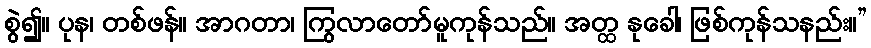
စွဲ၍။ ပုန၊ တစ်ဖန်။ အာဂတာ၊ ကြွလာတော်မူကုန်သည်။ အတ္ထ နုခေါ၊ ဖြစ်ကုန်သနည်း။”